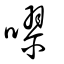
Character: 嘐